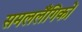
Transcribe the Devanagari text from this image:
समललैंगिकों